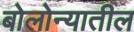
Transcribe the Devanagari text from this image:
बोलोन्यातील